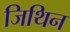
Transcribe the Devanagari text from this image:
जिथिन